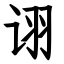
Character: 诩